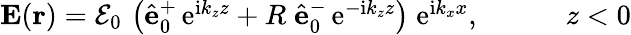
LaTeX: \begin{array}{r}{{\mathbf E}({\mathbf r})=\mathcal{E}_{0}\, \left(\hat{\mathbf e}_{0}^{+}\, \mathrm{e}^{\mathrm{i}k_{z}z}+R\; \hat{\mathbf e}_{0}^{-}\, \mathrm{e}^{-\mathrm{i}k_{z}z}\right)\; \mathrm{e}^{\mathrm{i}k_{x}x},\quad\quad\quad z<0}\end{array}